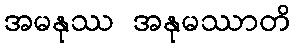
အမနုဿ အနုမဿာတိ